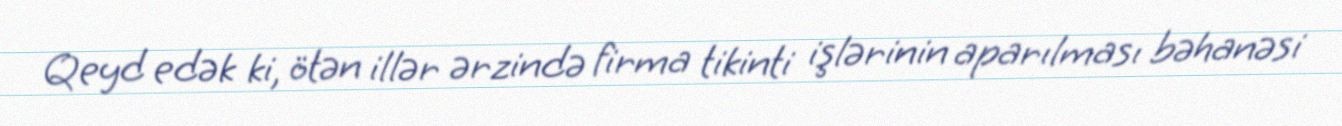
Qeyd edək ki, ötən illər ərzində firma tikinti işlərinin aparılması bəhanəsi